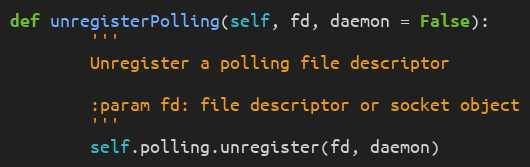
Language: Python
def unregisterPolling(self, fd, daemon = False):
        '''
        Unregister a polling file descriptor

        :param fd: file descriptor or socket object
        '''
        self.polling.unregister(fd, daemon)